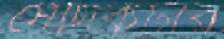
সেদিকটার